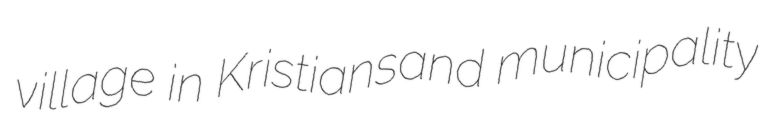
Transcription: village in Kristiansand municipality